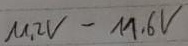
Text: 11,2V-11,6V